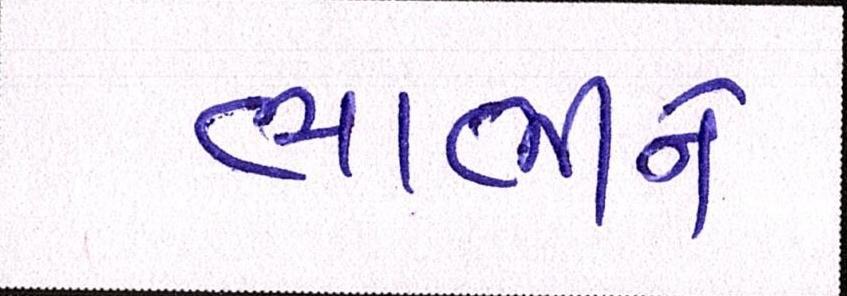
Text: ભાભીને